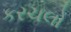
કરચલો